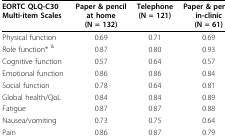
<table><thead><tr><td><b>EORTC QLQ-C30Multi-item Scales</b></td><td><b>Paper &amp; pencil at home(N = 132)</b></td><td><b>Telephone(N = 121)</b></td><td><b>Paper &amp; pencil in-clinic(N = 61)</b></td></tr></thead><tbody><tr><td>Physical function</td><td>0.69</td><td>0.71</td><td>0.69</td></tr><tr><td>Role function* <sup>&amp;</sup></td><td>0.87</td><td>0.80</td><td>0.93</td></tr><tr><td>Cognitive function</td><td>0.57</td><td>0.64</td><td>0.57</td></tr><tr><td>Emotional function</td><td>0.86</td><td>0.86</td><td>0.84</td></tr><tr><td>Social function</td><td>0.78</td><td>0.64</td><td>0.81</td></tr><tr><td>Global health/QoL</td><td>0.84</td><td>0.84</td><td>0.89</td></tr><tr><td>Fatigue</td><td>0.87</td><td>0.87</td><td>0.88</td></tr><tr><td>Nausea/vomiting</td><td>0.73</td><td>0.75</td><td>0.64</td></tr><tr><td>Pain</td><td>0.86</td><td>0.87</td><td>0.79</td></tr></tbody></table>